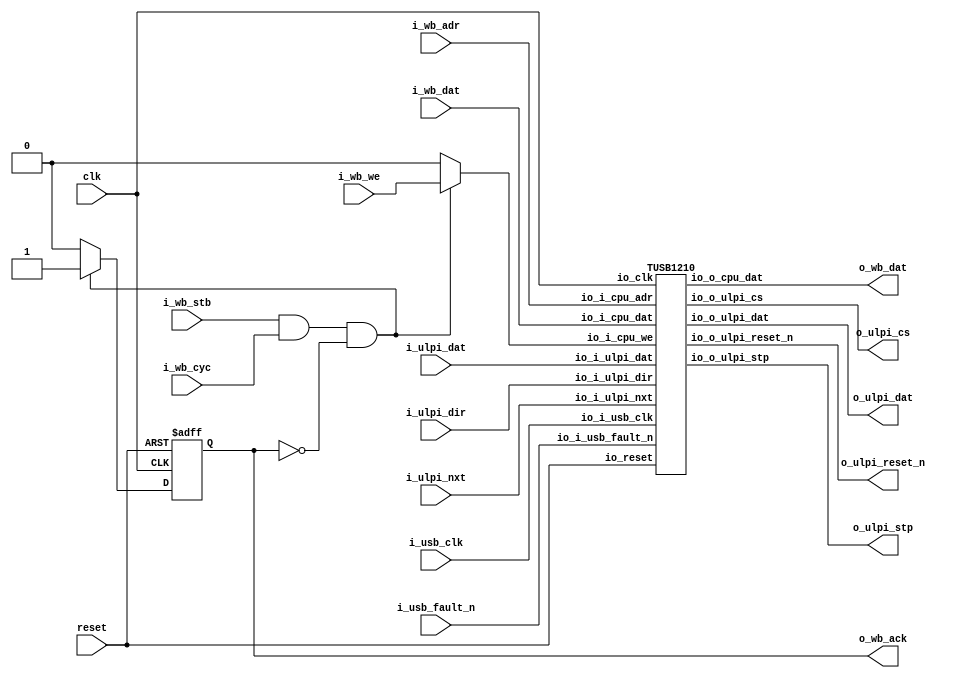
// Generator : SpinalHDL v1.5.0    git head : 83a031922866b078c411ec5529e00f1b6e79f8e7
// Component : WishboneTUSB1210
// Git hash  : 9acc0cb8fc4bae6526fdad70e8599d3e42f280b5


`define StateMachineEnum_binary_sequential_type [2:0]
`define StateMachineEnum_binary_sequential_e0 3'b000
`define StateMachineEnum_binary_sequential_e1 3'b001
`define StateMachineEnum_binary_sequential_e2 3'b010
`define StateMachineEnum_binary_sequential_e3 3'b011
`define StateMachineEnum_binary_sequential_e4 3'b100

`define ulpi_fsm_enumDefinition_binary_sequential_type [1:0]
`define ulpi_fsm_enumDefinition_binary_sequential_ulpi_fsm_BOOT 2'b00
`define ulpi_fsm_enumDefinition_binary_sequential_ulpi_fsm_Idle 2'b01
`define ulpi_fsm_enumDefinition_binary_sequential_ulpi_fsm_RegRead 2'b10


module WishboneTUSB1210 (
  input               clk,
  input               reset,
  input               i_wb_stb,
  input               i_wb_cyc,
  input               i_wb_we,
  output              o_wb_ack,
  input      [1:0]    i_wb_adr,
  input      [7:0]    i_wb_dat,
  output     [7:0]    o_wb_dat,
  input               i_usb_clk,
  input      [7:0]    i_ulpi_dat,
  output     [7:0]    o_ulpi_dat,
  input               i_ulpi_dir,
  input               i_usb_fault_n,
  input               i_ulpi_nxt,
  output              o_ulpi_reset_n,
  output              o_ulpi_stp,
  output              o_ulpi_cs
);
  reg                 cpuClockDomainArea_tusb1210_io_i_cpu_we;
  wire       [7:0]    cpuClockDomainArea_tusb1210_io_o_cpu_dat;
  wire       [7:0]    cpuClockDomainArea_tusb1210_io_o_ulpi_dat;
  wire                cpuClockDomainArea_tusb1210_io_o_ulpi_reset_n;
  wire                cpuClockDomainArea_tusb1210_io_o_ulpi_stp;
  wire                cpuClockDomainArea_tusb1210_io_o_ulpi_cs;
  reg                 cpuClockDomainArea_ack;
  wire                when_WishboneTUSB1210_l67;
  wire                when_WishboneTUSB1210_l101;

  TUSB1210 cpuClockDomainArea_tusb1210 (
    .io_clk               (clk                                            ), //i
    .io_reset             (reset                                          ), //i
    .io_i_cpu_we          (cpuClockDomainArea_tusb1210_io_i_cpu_we        ), //i
    .io_i_cpu_adr         (i_wb_adr                                       ), //i
    .io_i_cpu_dat         (i_wb_dat                                       ), //i
    .io_o_cpu_dat         (cpuClockDomainArea_tusb1210_io_o_cpu_dat       ), //o
    .io_i_usb_clk         (i_usb_clk                                      ), //i
    .io_i_ulpi_dat        (i_ulpi_dat                                     ), //i
    .io_o_ulpi_dat        (cpuClockDomainArea_tusb1210_io_o_ulpi_dat      ), //o
    .io_i_ulpi_dir        (i_ulpi_dir                                     ), //i
    .io_i_usb_fault_n     (i_usb_fault_n                                  ), //i
    .io_i_ulpi_nxt        (i_ulpi_nxt                                     ), //i
    .io_o_ulpi_reset_n    (cpuClockDomainArea_tusb1210_io_o_ulpi_reset_n  ), //o
    .io_o_ulpi_stp        (cpuClockDomainArea_tusb1210_io_o_ulpi_stp      ), //o
    .io_o_ulpi_cs         (cpuClockDomainArea_tusb1210_io_o_ulpi_cs       )  //o
  );
  assign o_wb_ack = cpuClockDomainArea_ack;
  assign when_WishboneTUSB1210_l67 = (cpuClockDomainArea_ack == 1'b1);
  always @(*) begin
    cpuClockDomainArea_tusb1210_io_i_cpu_we = 1'b0;
    if(when_WishboneTUSB1210_l101) begin
      cpuClockDomainArea_tusb1210_io_i_cpu_we = i_wb_we;
    end
  end

  assign o_wb_dat = cpuClockDomainArea_tusb1210_io_o_cpu_dat;
  assign o_ulpi_dat = cpuClockDomainArea_tusb1210_io_o_ulpi_dat;
  assign o_ulpi_reset_n = cpuClockDomainArea_tusb1210_io_o_ulpi_reset_n;
  assign o_ulpi_stp = cpuClockDomainArea_tusb1210_io_o_ulpi_stp;
  assign o_ulpi_cs = cpuClockDomainArea_tusb1210_io_o_ulpi_cs;
  assign when_WishboneTUSB1210_l101 = (((i_wb_stb == 1'b1) && (i_wb_cyc == 1'b1)) && (cpuClockDomainArea_ack == 1'b0));
  always @(posedge clk or posedge reset) begin
    if(reset) begin
      cpuClockDomainArea_ack <= 1'b0;
    end else begin
      if(when_WishboneTUSB1210_l67) begin
        cpuClockDomainArea_ack <= 1'b0;
      end
      if(when_WishboneTUSB1210_l101) begin
        cpuClockDomainArea_ack <= 1'b1;
      end
    end
  end


endmodule

module TUSB1210 (
  input               io_clk,
  input               io_reset,
  input               io_i_cpu_we,
  input      [1:0]    io_i_cpu_adr,
  input      [7:0]    io_i_cpu_dat,
  output reg [7:0]    io_o_cpu_dat,
  input               io_i_usb_clk,
  input      [7:0]    io_i_ulpi_dat,
  output     [7:0]    io_o_ulpi_dat,
  input               io_i_ulpi_dir,
  input               io_i_usb_fault_n,
  input               io_i_ulpi_nxt,
  output              io_o_ulpi_reset_n,
  output              io_o_ulpi_stp,
  output              io_o_ulpi_cs
);
  wire                usbClockDomainArea_ulpi_ctrl_io_i_usb_fault_n;
  wire                usbClockDomainArea_ulpi_ctrl_io_o_write_payload_ack;
  wire       [7:0]    usbClockDomainArea_ulpi_ctrl_io_o_read_payload;
  wire                usbClockDomainArea_ulpi_ctrl_io_o_read_payload_valid;
  wire       [7:0]    usbClockDomainArea_ulpi_ctrl_io_o_ulpi_dat;
  wire                usbClockDomainArea_ulpi_ctrl_io_o_ulpi_stp;
  wire       [7:0]    usbClockDomainArea_ulpi_ctrl_io_o_error;
  wire       [7:0]    read_payload_wire;
  wire                read_payload_valid_wire;
  wire       [7:0]    write_payload_wire;
  wire                write_payload_we_wire;
  wire                write_payload_ack_wire;
  wire       [7:0]    ulpi_error_wire;
  (* async_reg = "true" *) reg        [7:0]    cpuClockDomainArea_read_payload_cc_1;
  reg        [7:0]    cpuClockDomainArea_read_payload_cc_2;
  (* async_reg = "true" *) reg                 cpuClockDomainArea_read_payload_valid_cc_1;
  reg                 cpuClockDomainArea_read_payload_valid_cc_2;
  reg        [7:0]    cpuClockDomainArea_write_payload;
  reg                 cpuClockDomainArea_write_payload_we;
  (* async_reg = "true" *) reg                 cpuClockDomainArea_write_payload_ack_cc_1;
  reg                 cpuClockDomainArea_write_payload_ack_cc_2;
  (* async_reg = "true" *) reg        [7:0]    cpuClockDomainArea_ulpi_error_cc_1;
  reg        [7:0]    cpuClockDomainArea_ulpi_error_cc_2;
  reg        [7:0]    cpuClockDomainArea_status;
  (* async_reg = "true" *) reg                 cpuClockDomainArea_ulpi_dir_cc_1;
  reg                 cpuClockDomainArea_ulpi_dir_cc_2;
  (* async_reg = "true" *) reg                 cpuClockDomainArea_usb_fault_n_cc_1;
  reg                 cpuClockDomainArea_usb_fault_n_cc_2;
  (* async_reg = "true" *) reg                 cpuClockDomainArea_ulpi_nxt_cc_1;
  reg                 cpuClockDomainArea_ulpi_nxt_cc_2;
  wire                when_TUSB1210_l168;
  wire                when_TUSB1210_l174;

  UlpiCtrl usbClockDomainArea_ulpi_ctrl (
    .io_i_write_payload_we      (write_payload_we_wire                                 ), //i
    .io_i_write_payload         (write_payload_wire                                    ), //i
    .io_o_write_payload_ack     (usbClockDomainArea_ulpi_ctrl_io_o_write_payload_ack   ), //o
    .io_o_read_payload          (usbClockDomainArea_ulpi_ctrl_io_o_read_payload        ), //o
    .io_o_read_payload_valid    (usbClockDomainArea_ulpi_ctrl_io_o_read_payload_valid  ), //o
    .io_i_ulpi_dat              (io_i_ulpi_dat                                         ), //i
    .io_o_ulpi_dat              (usbClockDomainArea_ulpi_ctrl_io_o_ulpi_dat            ), //o
    .io_i_ulpi_dir              (io_i_ulpi_dir                                         ), //i
    .io_i_usb_fault_n           (usbClockDomainArea_ulpi_ctrl_io_i_usb_fault_n         ), //i
    .io_i_ulpi_nxt              (io_i_ulpi_nxt                                         ), //i
    .io_o_ulpi_stp              (usbClockDomainArea_ulpi_ctrl_io_o_ulpi_stp            ), //o
    .io_o_error                 (usbClockDomainArea_ulpi_ctrl_io_o_error               ), //o
    .io_i_usb_clk               (io_i_usb_clk                                          ), //i
    .io_reset                   (io_reset                                              )  //i
  );
  assign write_payload_wire = cpuClockDomainArea_write_payload;
  assign write_payload_we_wire = cpuClockDomainArea_write_payload_we;
  assign io_o_ulpi_reset_n = cpuClockDomainArea_status[3];
  assign io_o_ulpi_cs = cpuClockDomainArea_status[4];
  assign when_TUSB1210_l168 = (cpuClockDomainArea_write_payload_ack_cc_2 == 1'b1);
  assign when_TUSB1210_l174 = (io_i_cpu_we == 1'b1);
  always @(*) begin
    case(io_i_cpu_adr)
      2'b00 : begin
        io_o_cpu_dat = cpuClockDomainArea_read_payload_cc_2;
      end
      2'b01 : begin
        io_o_cpu_dat = cpuClockDomainArea_status;
      end
      2'b10 : begin
        io_o_cpu_dat = cpuClockDomainArea_ulpi_error_cc_2;
      end
      default : begin
        io_o_cpu_dat = cpuClockDomainArea_read_payload_cc_2;
      end
    endcase
  end

  assign read_payload_wire = usbClockDomainArea_ulpi_ctrl_io_o_read_payload;
  assign read_payload_valid_wire = usbClockDomainArea_ulpi_ctrl_io_o_read_payload_valid;
  assign ulpi_error_wire = usbClockDomainArea_ulpi_ctrl_io_o_error;
  assign write_payload_ack_wire = usbClockDomainArea_ulpi_ctrl_io_o_write_payload_ack;
  assign io_o_ulpi_dat = usbClockDomainArea_ulpi_ctrl_io_o_ulpi_dat;
  assign io_o_ulpi_stp = usbClockDomainArea_ulpi_ctrl_io_o_ulpi_stp;
  always @(posedge io_clk or posedge io_reset) begin
    if(io_reset) begin
      cpuClockDomainArea_read_payload_cc_1 <= 8'h0;
      cpuClockDomainArea_read_payload_cc_2 <= 8'h0;
      cpuClockDomainArea_read_payload_valid_cc_1 <= 1'b0;
      cpuClockDomainArea_read_payload_valid_cc_2 <= 1'b0;
      cpuClockDomainArea_write_payload <= 8'h0;
      cpuClockDomainArea_write_payload_we <= 1'b0;
      cpuClockDomainArea_write_payload_ack_cc_1 <= 1'b0;
      cpuClockDomainArea_write_payload_ack_cc_2 <= 1'b0;
      cpuClockDomainArea_ulpi_error_cc_1 <= 8'h0;
      cpuClockDomainArea_ulpi_error_cc_2 <= 8'h0;
      cpuClockDomainArea_status <= 8'h0;
      cpuClockDomainArea_ulpi_dir_cc_1 <= 1'b0;
      cpuClockDomainArea_ulpi_dir_cc_2 <= 1'b0;
      cpuClockDomainArea_usb_fault_n_cc_1 <= 1'b1;
      cpuClockDomainArea_usb_fault_n_cc_2 <= 1'b1;
      cpuClockDomainArea_ulpi_nxt_cc_1 <= 1'b0;
      cpuClockDomainArea_ulpi_nxt_cc_2 <= 1'b0;
    end else begin
      cpuClockDomainArea_read_payload_cc_1 <= read_payload_wire;
      cpuClockDomainArea_read_payload_cc_2 <= cpuClockDomainArea_read_payload_cc_1;
      cpuClockDomainArea_read_payload_valid_cc_1 <= read_payload_valid_wire;
      cpuClockDomainArea_read_payload_valid_cc_2 <= cpuClockDomainArea_read_payload_valid_cc_1;
      cpuClockDomainArea_write_payload <= cpuClockDomainArea_write_payload;
      cpuClockDomainArea_write_payload_we <= cpuClockDomainArea_write_payload_we;
      cpuClockDomainArea_write_payload_ack_cc_1 <= write_payload_ack_wire;
      cpuClockDomainArea_write_payload_ack_cc_2 <= cpuClockDomainArea_write_payload_ack_cc_1;
      cpuClockDomainArea_ulpi_error_cc_1 <= ulpi_error_wire;
      cpuClockDomainArea_ulpi_error_cc_2 <= cpuClockDomainArea_ulpi_error_cc_1;
      cpuClockDomainArea_ulpi_dir_cc_1 <= io_i_ulpi_dir;
      cpuClockDomainArea_ulpi_dir_cc_2 <= cpuClockDomainArea_ulpi_dir_cc_1;
      cpuClockDomainArea_usb_fault_n_cc_1 <= io_i_usb_fault_n;
      cpuClockDomainArea_usb_fault_n_cc_2 <= cpuClockDomainArea_usb_fault_n_cc_1;
      cpuClockDomainArea_ulpi_nxt_cc_1 <= io_i_ulpi_nxt;
      cpuClockDomainArea_ulpi_nxt_cc_2 <= cpuClockDomainArea_ulpi_nxt_cc_1;
      cpuClockDomainArea_status[0] <= cpuClockDomainArea_ulpi_dir_cc_2;
      cpuClockDomainArea_status[1] <= cpuClockDomainArea_usb_fault_n_cc_2;
      cpuClockDomainArea_status[2] <= cpuClockDomainArea_ulpi_nxt_cc_2;
      cpuClockDomainArea_status[4 : 3] <= cpuClockDomainArea_status[4 : 3];
      cpuClockDomainArea_status[6 : 5] <= 2'b00;
      if(when_TUSB1210_l168) begin
        cpuClockDomainArea_write_payload_we <= 1'b0;
      end
      if(when_TUSB1210_l174) begin
        case(io_i_cpu_adr)
          2'b00 : begin
            cpuClockDomainArea_write_payload <= io_i_cpu_dat;
            cpuClockDomainArea_write_payload_we <= 1'b1;
          end
          2'b01 : begin
            cpuClockDomainArea_status[4 : 3] <= io_i_cpu_dat[4 : 3];
          end
          default : begin
            cpuClockDomainArea_write_payload_we <= 1'b0;
          end
        endcase
      end
    end
  end


endmodule

module UlpiCtrl (
  input               io_i_write_payload_we,
  input      [7:0]    io_i_write_payload,
  output              io_o_write_payload_ack,
  output     [7:0]    io_o_read_payload,
  output              io_o_read_payload_valid,
  input      [7:0]    io_i_ulpi_dat,
  output reg [7:0]    io_o_ulpi_dat,
  input               io_i_ulpi_dir,
  input               io_i_usb_fault_n,
  input               io_i_ulpi_nxt,
  output              io_o_ulpi_stp,
  output     [7:0]    io_o_error,
  input               io_i_usb_clk,
  input               io_reset
);
  wire       [1:0]    CMD_CODE_SPECIAL;
  wire       [1:0]    CMD_CODE_TRANSMIT;
  wire       [1:0]    CMD_CODE_REG_WRITE;
  wire       [1:0]    CMD_CODE_REG_READ;
  reg        [7:0]    ulpi_error;
  (* async_reg = "true" *) reg        [7:0]    write_payload_cc_1;
  reg        [7:0]    write_payload_cc_2;
  (* async_reg = "true" *) reg                 write_payload_we_cc_1;
  reg                 write_payload_we_cc_2;
  reg                 write_payload_ack;
  reg        [7:0]    read_payload;
  reg                 read_payload_valid;
  wire                when_UlpiCtrl_l72;
  reg        [7:0]    o_ulpi_dat;
  wire                when_UlpiCtrl_l83;
  reg                 ulpi_stp;
  wire                ulpi_fsm_wantExit;
  reg                 ulpi_fsm_wantStart;
  wire                ulpi_fsm_wantKill;
  reg                 _zz_1;
  reg                 _zz_2;
  reg        [15:0]   _zz_when_UlpiCtrl_l113;
  reg        `StateMachineEnum_binary_sequential_type _zz_when_StateMachine_l230;
  reg        `StateMachineEnum_binary_sequential_type _zz_when_StateMachine_l230_1;
  wire                when_UlpiCtrl_l113;
  wire                when_UlpiCtrl_l119;
  wire                when_UlpiCtrl_l135;
  wire                when_UlpiCtrl_l141;
  wire                when_UlpiCtrl_l158;
  wire                when_UlpiCtrl_l166;
  wire                when_UlpiCtrl_l180;
  wire                when_StateMachine_l230;
  wire                when_StateMachine_l230_1;
  wire                when_StateMachine_l230_2;
  reg        `ulpi_fsm_enumDefinition_binary_sequential_type ulpi_fsm_stateReg;
  reg        `ulpi_fsm_enumDefinition_binary_sequential_type ulpi_fsm_stateNext;
  wire                when_UlpiCtrl_l198;
  wire                when_StateMachine_l230_3;
  `ifndef SYNTHESIS
  reg [15:0] _zz_when_StateMachine_l230_string;
  reg [15:0] _zz_when_StateMachine_l230_1_string;
  reg [127:0] ulpi_fsm_stateReg_string;
  reg [127:0] ulpi_fsm_stateNext_string;
  `endif


  `ifndef SYNTHESIS
  always @(*) begin
    case(_zz_when_StateMachine_l230)
      `StateMachineEnum_binary_sequential_e0 : _zz_when_StateMachine_l230_string = "e0";
      `StateMachineEnum_binary_sequential_e1 : _zz_when_StateMachine_l230_string = "e1";
      `StateMachineEnum_binary_sequential_e2 : _zz_when_StateMachine_l230_string = "e2";
      `StateMachineEnum_binary_sequential_e3 : _zz_when_StateMachine_l230_string = "e3";
      `StateMachineEnum_binary_sequential_e4 : _zz_when_StateMachine_l230_string = "e4";
      default : _zz_when_StateMachine_l230_string = "??";
    endcase
  end
  always @(*) begin
    case(_zz_when_StateMachine_l230_1)
      `StateMachineEnum_binary_sequential_e0 : _zz_when_StateMachine_l230_1_string = "e0";
      `StateMachineEnum_binary_sequential_e1 : _zz_when_StateMachine_l230_1_string = "e1";
      `StateMachineEnum_binary_sequential_e2 : _zz_when_StateMachine_l230_1_string = "e2";
      `StateMachineEnum_binary_sequential_e3 : _zz_when_StateMachine_l230_1_string = "e3";
      `StateMachineEnum_binary_sequential_e4 : _zz_when_StateMachine_l230_1_string = "e4";
      default : _zz_when_StateMachine_l230_1_string = "??";
    endcase
  end
  always @(*) begin
    case(ulpi_fsm_stateReg)
      `ulpi_fsm_enumDefinition_binary_sequential_ulpi_fsm_BOOT : ulpi_fsm_stateReg_string = "ulpi_fsm_BOOT   ";
      `ulpi_fsm_enumDefinition_binary_sequential_ulpi_fsm_Idle : ulpi_fsm_stateReg_string = "ulpi_fsm_Idle   ";
      `ulpi_fsm_enumDefinition_binary_sequential_ulpi_fsm_RegRead : ulpi_fsm_stateReg_string = "ulpi_fsm_RegRead";
      default : ulpi_fsm_stateReg_string = "????????????????";
    endcase
  end
  always @(*) begin
    case(ulpi_fsm_stateNext)
      `ulpi_fsm_enumDefinition_binary_sequential_ulpi_fsm_BOOT : ulpi_fsm_stateNext_string = "ulpi_fsm_BOOT   ";
      `ulpi_fsm_enumDefinition_binary_sequential_ulpi_fsm_Idle : ulpi_fsm_stateNext_string = "ulpi_fsm_Idle   ";
      `ulpi_fsm_enumDefinition_binary_sequential_ulpi_fsm_RegRead : ulpi_fsm_stateNext_string = "ulpi_fsm_RegRead";
      default : ulpi_fsm_stateNext_string = "????????????????";
    endcase
  end
  `endif

  assign CMD_CODE_SPECIAL = 2'b00;
  assign CMD_CODE_TRANSMIT = 2'b01;
  assign CMD_CODE_REG_WRITE = 2'b10;
  assign CMD_CODE_REG_READ = 2'b11;
  assign io_o_write_payload_ack = write_payload_ack;
  assign io_o_read_payload = read_payload;
  assign io_o_read_payload_valid = read_payload_valid;
  assign when_UlpiCtrl_l72 = (write_payload_ack == 1'b1);
  always @(*) begin
    io_o_ulpi_dat = o_ulpi_dat;
    case(_zz_when_StateMachine_l230)
      `StateMachineEnum_binary_sequential_e1 : begin
        io_o_ulpi_dat = write_payload_cc_2;
      end
      `StateMachineEnum_binary_sequential_e2 : begin
      end
      `StateMachineEnum_binary_sequential_e3 : begin
      end
      `StateMachineEnum_binary_sequential_e4 : begin
      end
      default : begin
      end
    endcase
  end

  assign when_UlpiCtrl_l83 = (write_payload_we_cc_2 == 1'b1);
  assign io_o_error = ulpi_error;
  assign io_o_ulpi_stp = ulpi_stp;
  assign ulpi_fsm_wantExit = 1'b0;
  always @(*) begin
    ulpi_fsm_wantStart = 1'b0;
    case(ulpi_fsm_stateReg)
      `ulpi_fsm_enumDefinition_binary_sequential_ulpi_fsm_Idle : begin
      end
      `ulpi_fsm_enumDefinition_binary_sequential_ulpi_fsm_RegRead : begin
      end
      default : begin
        ulpi_fsm_wantStart = 1'b1;
      end
    endcase
  end

  assign ulpi_fsm_wantKill = 1'b0;
  always @(*) begin
    _zz_1 = 1'b0;
    case(_zz_when_StateMachine_l230)
      `StateMachineEnum_binary_sequential_e1 : begin
        if(when_UlpiCtrl_l113) begin
          _zz_1 = 1'b1;
        end
      end
      `StateMachineEnum_binary_sequential_e2 : begin
        if(when_UlpiCtrl_l135) begin
          _zz_1 = 1'b1;
        end
      end
      `StateMachineEnum_binary_sequential_e3 : begin
        if(when_UlpiCtrl_l158) begin
          _zz_1 = 1'b1;
        end
      end
      `StateMachineEnum_binary_sequential_e4 : begin
        if(when_UlpiCtrl_l180) begin
          _zz_1 = 1'b1;
        end
      end
      default : begin
      end
    endcase
  end

  always @(*) begin
    _zz_2 = 1'b0;
    if(when_StateMachine_l230_3) begin
      _zz_2 = 1'b1;
    end
  end

  always @(*) begin
    _zz_when_StateMachine_l230_1 = _zz_when_StateMachine_l230;
    case(_zz_when_StateMachine_l230)
      `StateMachineEnum_binary_sequential_e1 : begin
        if(when_UlpiCtrl_l113) begin
          _zz_when_StateMachine_l230_1 = `StateMachineEnum_binary_sequential_e0;
        end
        if(when_UlpiCtrl_l119) begin
          _zz_when_StateMachine_l230_1 = `StateMachineEnum_binary_sequential_e2;
        end
      end
      `StateMachineEnum_binary_sequential_e2 : begin
        if(when_UlpiCtrl_l135) begin
          _zz_when_StateMachine_l230_1 = `StateMachineEnum_binary_sequential_e0;
        end
        if(when_UlpiCtrl_l141) begin
          _zz_when_StateMachine_l230_1 = `StateMachineEnum_binary_sequential_e3;
        end
      end
      `StateMachineEnum_binary_sequential_e3 : begin
        if(when_UlpiCtrl_l158) begin
          _zz_when_StateMachine_l230_1 = `StateMachineEnum_binary_sequential_e0;
        end
        if(when_UlpiCtrl_l166) begin
          _zz_when_StateMachine_l230_1 = `StateMachineEnum_binary_sequential_e4;
        end
      end
      `StateMachineEnum_binary_sequential_e4 : begin
        if(when_UlpiCtrl_l180) begin
          _zz_when_StateMachine_l230_1 = `StateMachineEnum_binary_sequential_e0;
        end
      end
      default : begin
      end
    endcase
    if(_zz_2) begin
      _zz_when_StateMachine_l230_1 = `StateMachineEnum_binary_sequential_e1;
    end
    if(1'b0) begin
      _zz_when_StateMachine_l230_1 = `StateMachineEnum_binary_sequential_e0;
    end
  end

  assign when_UlpiCtrl_l113 = (_zz_when_UlpiCtrl_l113 == 16'hffff);
  assign when_UlpiCtrl_l119 = ((io_i_ulpi_nxt == 1'b1) && (io_i_ulpi_dir == 1'b0));
  assign when_UlpiCtrl_l135 = (_zz_when_UlpiCtrl_l113 == 16'hffff);
  assign when_UlpiCtrl_l141 = (io_i_ulpi_nxt == 1'b0);
  assign when_UlpiCtrl_l158 = (_zz_when_UlpiCtrl_l113 == 16'hffff);
  assign when_UlpiCtrl_l166 = (io_i_ulpi_dir == 1'b1);
  assign when_UlpiCtrl_l180 = (io_i_ulpi_dir == 1'b0);
  assign when_StateMachine_l230 = ((! (_zz_when_StateMachine_l230 == `StateMachineEnum_binary_sequential_e1)) && (_zz_when_StateMachine_l230_1 == `StateMachineEnum_binary_sequential_e1));
  assign when_StateMachine_l230_1 = ((! (_zz_when_StateMachine_l230 == `StateMachineEnum_binary_sequential_e2)) && (_zz_when_StateMachine_l230_1 == `StateMachineEnum_binary_sequential_e2));
  assign when_StateMachine_l230_2 = ((! (_zz_when_StateMachine_l230 == `StateMachineEnum_binary_sequential_e3)) && (_zz_when_StateMachine_l230_1 == `StateMachineEnum_binary_sequential_e3));
  always @(*) begin
    ulpi_fsm_stateNext = ulpi_fsm_stateReg;
    case(ulpi_fsm_stateReg)
      `ulpi_fsm_enumDefinition_binary_sequential_ulpi_fsm_Idle : begin
        if(when_UlpiCtrl_l198) begin
          ulpi_fsm_stateNext = `ulpi_fsm_enumDefinition_binary_sequential_ulpi_fsm_RegRead;
        end
      end
      `ulpi_fsm_enumDefinition_binary_sequential_ulpi_fsm_RegRead : begin
        if(_zz_1) begin
          ulpi_fsm_stateNext = `ulpi_fsm_enumDefinition_binary_sequential_ulpi_fsm_Idle;
        end
      end
      default : begin
      end
    endcase
    if(ulpi_fsm_wantStart) begin
      ulpi_fsm_stateNext = `ulpi_fsm_enumDefinition_binary_sequential_ulpi_fsm_Idle;
    end
    if(ulpi_fsm_wantKill) begin
      ulpi_fsm_stateNext = `ulpi_fsm_enumDefinition_binary_sequential_ulpi_fsm_BOOT;
    end
  end

  assign when_UlpiCtrl_l198 = ((write_payload_cc_2[7 : 6] == CMD_CODE_REG_READ) && (io_i_ulpi_dir == 1'b0));
  assign when_StateMachine_l230_3 = ((! (ulpi_fsm_stateReg == `ulpi_fsm_enumDefinition_binary_sequential_ulpi_fsm_RegRead)) && (ulpi_fsm_stateNext == `ulpi_fsm_enumDefinition_binary_sequential_ulpi_fsm_RegRead));
  always @(posedge io_i_usb_clk or posedge io_reset) begin
    if(io_reset) begin
      ulpi_error <= 8'h0;
      write_payload_cc_1 <= 8'h0;
      write_payload_cc_2 <= 8'h0;
      write_payload_we_cc_1 <= 1'b0;
      write_payload_we_cc_2 <= 1'b0;
      write_payload_ack <= 1'b0;
      read_payload <= 8'h0;
      read_payload_valid <= 1'b0;
      o_ulpi_dat <= 8'h0;
      ulpi_stp <= 1'b0;
      _zz_when_UlpiCtrl_l113 <= 16'h0;
      _zz_when_StateMachine_l230 <= `StateMachineEnum_binary_sequential_e0;
      ulpi_fsm_stateReg <= `ulpi_fsm_enumDefinition_binary_sequential_ulpi_fsm_BOOT;
    end else begin
      write_payload_cc_1 <= io_i_write_payload;
      write_payload_we_cc_1 <= io_i_write_payload_we;
      write_payload_we_cc_2 <= write_payload_we_cc_1;
      read_payload_valid <= 1'b0;
      if(when_UlpiCtrl_l72) begin
        write_payload_ack <= 1'b0;
      end
      o_ulpi_dat <= 8'h0;
      if(when_UlpiCtrl_l83) begin
        write_payload_cc_2 <= write_payload_cc_1;
        write_payload_ack <= 1'b1;
      end
      ulpi_stp <= 1'b0;
      _zz_when_StateMachine_l230 <= _zz_when_StateMachine_l230_1;
      case(_zz_when_StateMachine_l230)
        `StateMachineEnum_binary_sequential_e1 : begin
          _zz_when_UlpiCtrl_l113 <= (_zz_when_UlpiCtrl_l113 + 16'h0001);
          if(when_UlpiCtrl_l113) begin
            ulpi_error <= 8'h01;
          end
        end
        `StateMachineEnum_binary_sequential_e2 : begin
          _zz_when_UlpiCtrl_l113 <= (_zz_when_UlpiCtrl_l113 + 16'h0001);
          if(when_UlpiCtrl_l135) begin
            ulpi_error <= 8'h02;
          end
        end
        `StateMachineEnum_binary_sequential_e3 : begin
          _zz_when_UlpiCtrl_l113 <= (_zz_when_UlpiCtrl_l113 + 16'h0001);
          if(when_UlpiCtrl_l158) begin
            ulpi_error <= 8'h03;
          end
          if(when_UlpiCtrl_l166) begin
            read_payload <= io_i_ulpi_dat;
            read_payload_valid <= 1'b1;
          end
        end
        `StateMachineEnum_binary_sequential_e4 : begin
        end
        default : begin
        end
      endcase
      if(when_StateMachine_l230) begin
        _zz_when_UlpiCtrl_l113 <= 16'h0;
      end
      if(when_StateMachine_l230_1) begin
        _zz_when_UlpiCtrl_l113 <= 16'h0;
      end
      if(when_StateMachine_l230_2) begin
        _zz_when_UlpiCtrl_l113 <= 16'h0;
      end
      ulpi_fsm_stateReg <= ulpi_fsm_stateNext;
    end
  end


endmodule